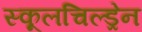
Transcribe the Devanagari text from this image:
स्कूलचिल्ड्रेन